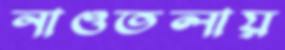
নাওতলায়